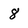
Character: 8